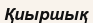
Қиыршық